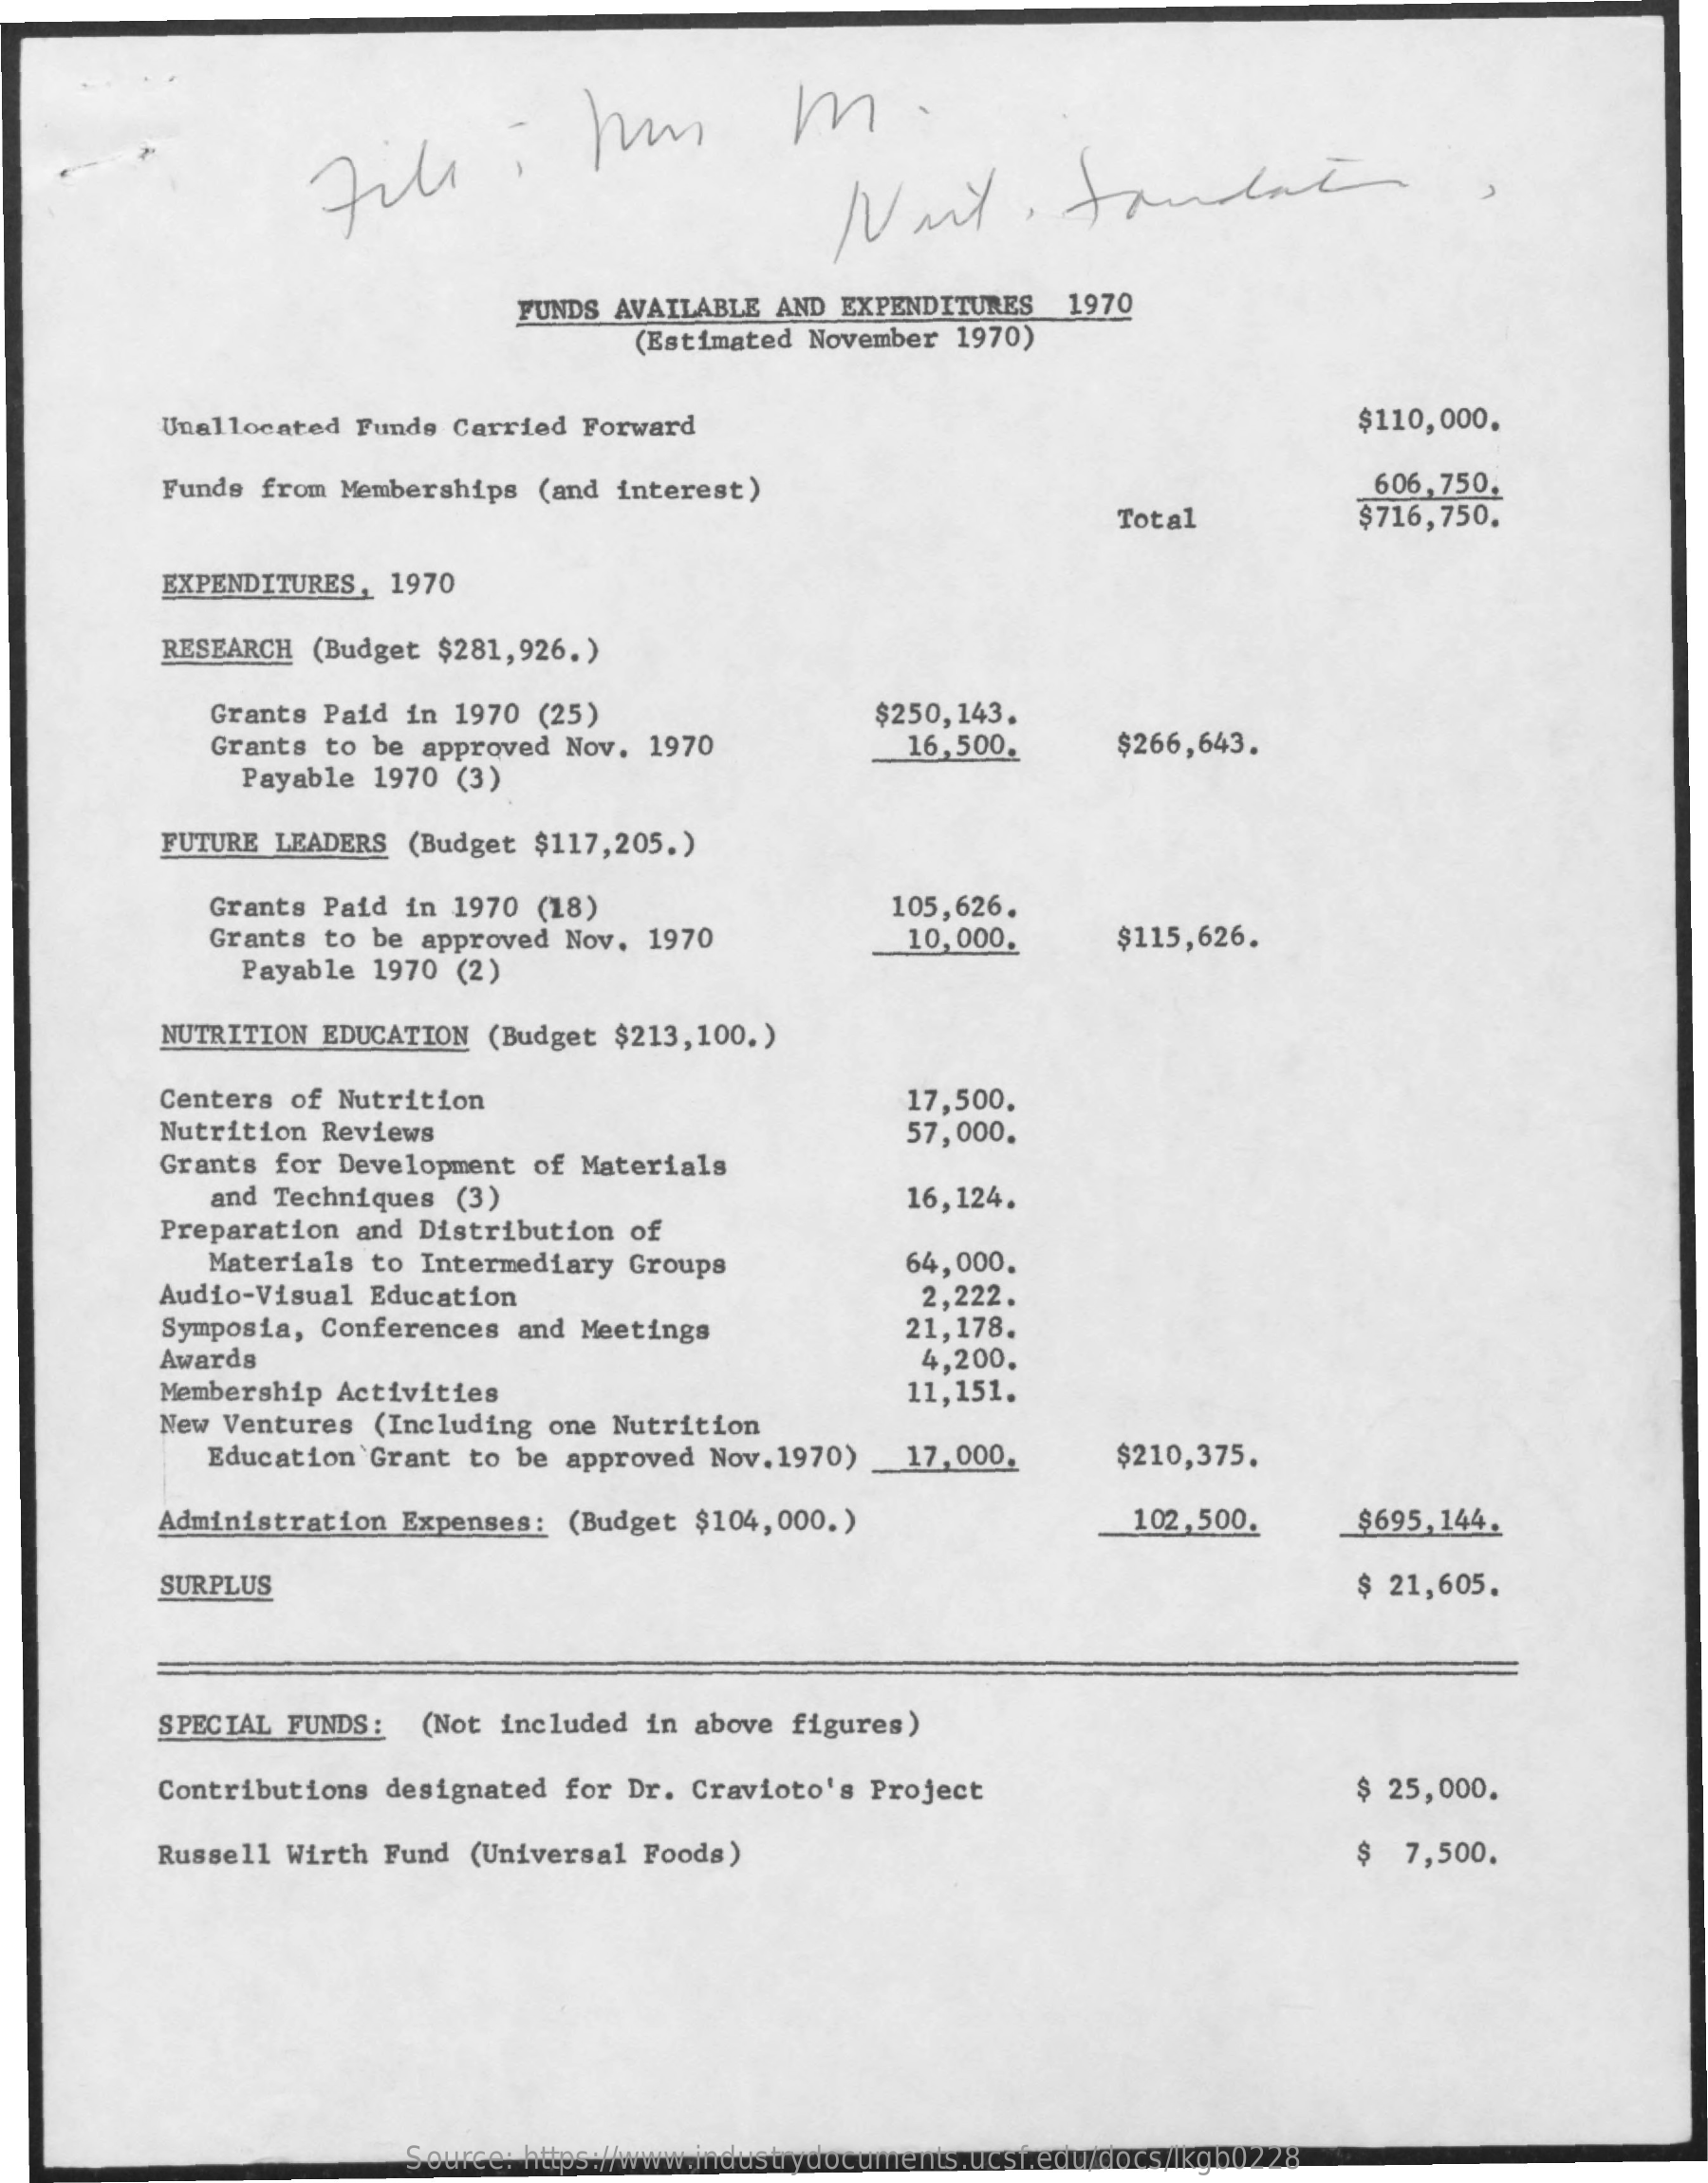
file    :    hm    M.
     FUNDS  AVAILABLE AND EXPENDITURES    1970
     (Estimated November  1970)
     Unallocated  Funds Carried Forward    $110,000.
     Funds from Memberships  (and  interest)    606,750.
     Total    $716,750.
     EXPENDITURES,  1970
     RESEARCH (Budget  $281,926.)
     Grants Paid  in 1970  (25)
     Grants to  be approved Nov.  1970
     $250,143.
     $266,643.
     Payable  1970 (3)
     16,500.
     FUTURE LEADERS  (Budget $117,205. )
     Grants Paid  in 1970 (18)
     Grants to  be approved Nov.  1970
     105,626.
     Payable  1970 (2)
     10,000.    $115,626.
     NUTRITION EDUCATION  (Budget  $213, 100. )
     Centers of Nutrition    17,500.
     Nutrition Reviews
     Grants for Development  of Materials
     57,000.
     and Techniques  (3)
     Preparation  and Distribution  of
     16,124.
     Materials  to Intermediary  Groups    64,000.
     Audio-Visual Education
     Symposia, Conferences  and Meetings
     2,222.
     21,178.
     Awards    4,200.
     Membership Activities
     New Ventures  (Including one Nutrition
     11,151.
     Education 'Grant to be approved  Nov. 1970)   17,000.    $210,375.
     Administration Expenses:  (Budget  $104,000. )    102,500.    $695,144.
     SURPLUS    $ 21,605.
     SPECIAL FUNDS:   (Not included  in above figures)
     Contributions designated  for Dr.  Cravioto's Project    $ 25,000.
     Russell  Wirth Fund  (Universal Foods)    $  7,500.
     Source: https://www.industrydocuments.ucsf.edu/docs/lkgb0228